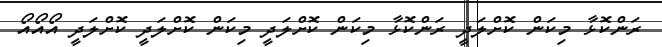
ރަންކޮޅާ މިކަން ކޮށްލަދީ ރަންކޮޅާ މިކަން ކޮށްލަދީ މިކަން ކޮށްލަދީ ކޮށްލަދީ އޯއޯއޯ